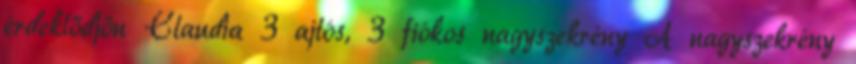
érdeklődjön Claudia 3 ajtós, 3 fiókos nagyszekrény A nagyszekrény